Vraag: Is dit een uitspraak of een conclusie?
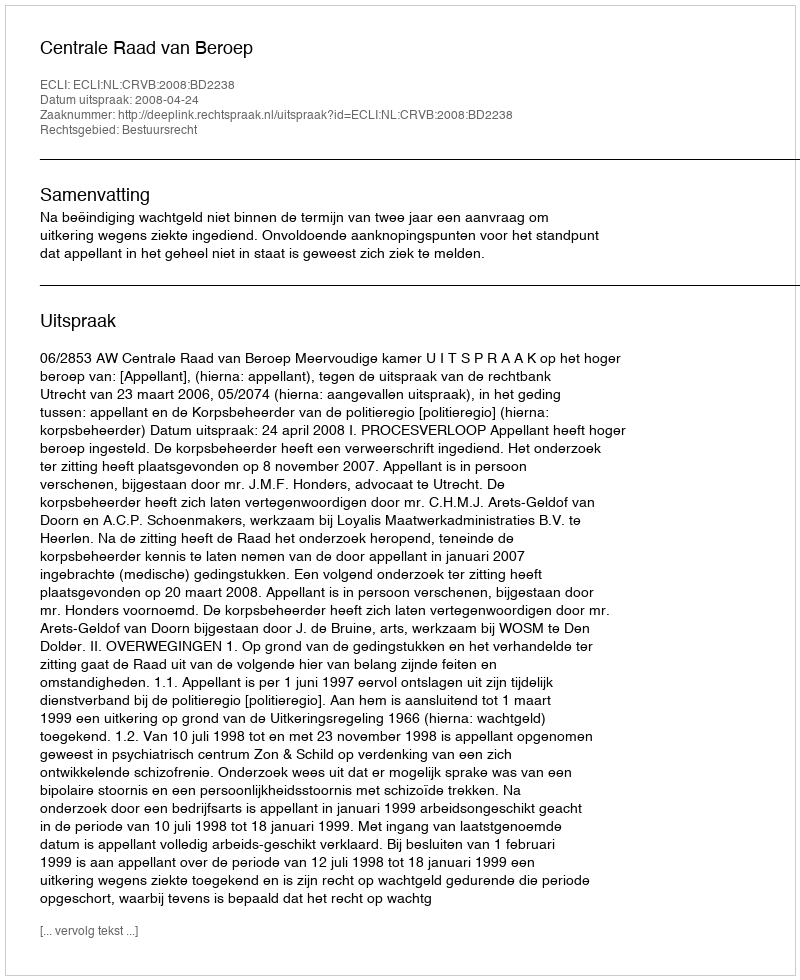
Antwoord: Uitspraak